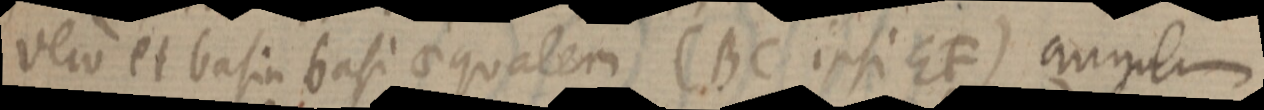
vero et basin basi aequalem (BC ipsi EF) angulum